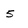
Character: 5